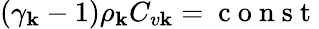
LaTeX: \left(\gamma_{\mathbf{k}}-1\right)\rho_{\mathbf{k}}C_{v\mathbf{k}}=\mathrm{{~c~o~n~s~t~}}